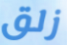
زلق